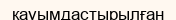
қауымдастырылған